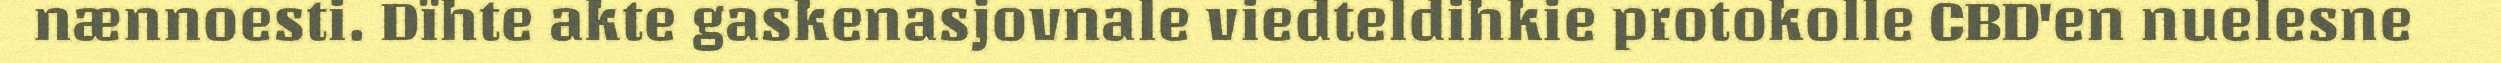
nænnoesti. Dïhte akte gaskenasjovnale viedteldihkie protokolle CBD'en nuelesne